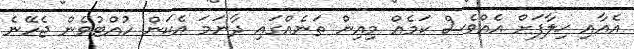
އެއާއި ޚިލާފަށް އެއްވެސް ކަމެއް މިއިން ތަނެއްގައި ދާނަމަ އެކަން ހުއްޓުވެން ޖެހޭނެ